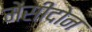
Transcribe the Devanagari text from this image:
मेसीदोन